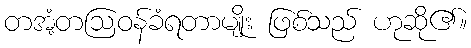
တအံ့တဩဝန်ခံရတာမျိုး ဖြစ်သည် ဟုဆို၏။